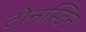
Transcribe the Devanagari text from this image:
टोनस्टिन